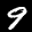
Label: 9